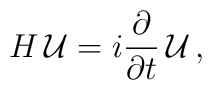
H\, {\cal U} = i {\partial \over \partial t}\, {\cal U}\,,